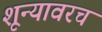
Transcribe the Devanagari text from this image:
शून्यावरच